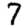
Digit: 7